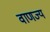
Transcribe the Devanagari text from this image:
वाणज्य